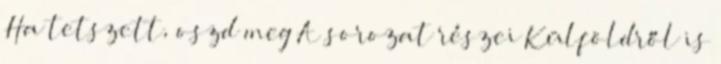
Ha tetszett, oszd meg A sorozat részei Külföldről is